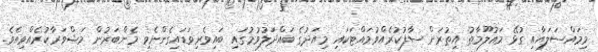
މިމައްސަލައާއި ގުޅޭ މައުލޫމާތު އިތުރަށް ސާފުކުރެއްވުމައްޓަކައި މިއަދުގެ ބައްދަލުވުމުގައި ބައިވެރިވަޑައިގެންނެވި މެންބަރުން މަޝްވަރާކުރެއްވިއެވެ.